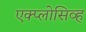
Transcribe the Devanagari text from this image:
एक्प्लोसिव्ह